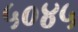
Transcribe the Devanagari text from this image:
५०४५